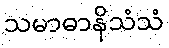
သမာဓာနိသံသံ